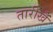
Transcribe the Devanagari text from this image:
तारीखेँ